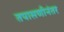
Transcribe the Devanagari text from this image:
तपासणीनंतर